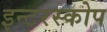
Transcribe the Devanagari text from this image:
इन्टरस्कोप